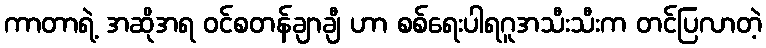
ကာတာရဲ့ အဆိုအရ ဝင်စတန်ချာချီ ဟာ စစ်ရေးပါရဂူအသီးသီးက တင်ပြလာတဲ့